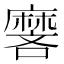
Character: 𬹏